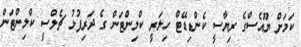
ކަމަށް ޔޫއެސްގެ ރިޔާސީ ކެންޑިޑޭޓް ހިލަރީ ކްލިންޓަން ގެ ދަރިފުޅު ޗެލްސީ ކްލިންޓަން